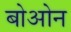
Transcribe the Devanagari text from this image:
बोओन